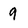
Character: 9